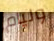
وليام